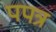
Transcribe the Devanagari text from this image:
पपत्र